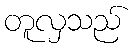
တူလှသည်